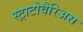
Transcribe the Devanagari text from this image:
स्ट्राटोवैरिअस